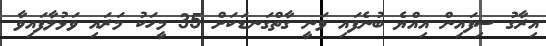
އިރާގު ސިފައިން އިއްޔެ ބުނެފައި ވަނީ ގާތްގަނޑަކަށް 35 މީހަކު މަރައި ވަޅުލާފައިވާ